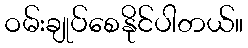
ဝမ်းချုပ်စေနိုင်ပါတယ်။